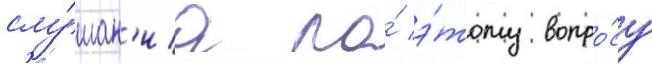
слу́шан'иа по́ э́тому вопро́су